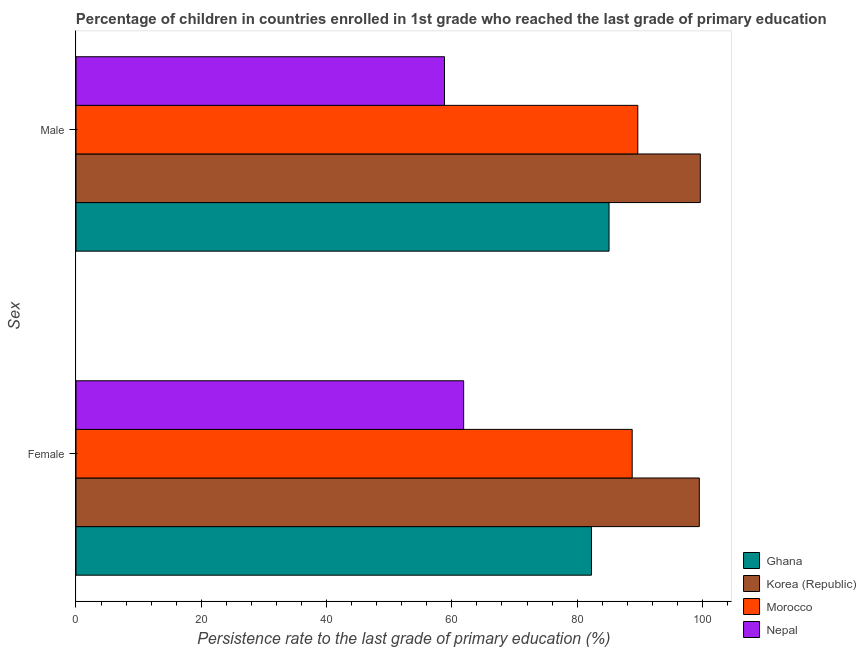
| Sex | Ghana | Korea (Republic) | Morocco | Nepal |
 | --- | --- | --- | --- | --- |
 | Female | 82.3 | 99.5 | 88.8 | 61.9 |
 | Male | 85.1 | 99.7 | 89.7 | 58.8 |